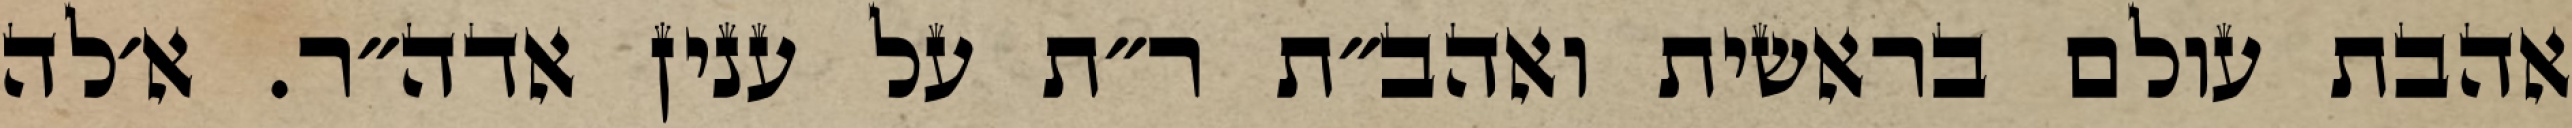
אהבת עולם בראשית ואהב״ת ר״ת על ענין אדה״ר. א׳לה